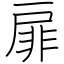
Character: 扉